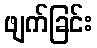
ဖျက်ခြင်း